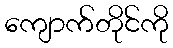
ကျောက်တိုင်ကို